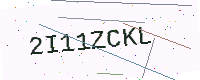
Text: 2I11ZCKL